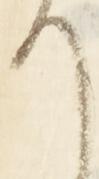
て